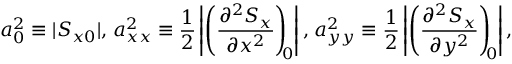
a _ { 0 } ^ { 2 } \equiv | S _ { x 0 } | , \; \! a _ { x x } ^ { 2 } \equiv \frac { 1 } { 2 } \left| \left( \frac { \partial ^ { 2 } S _ { x } } { \partial x ^ { 2 } } \right) _ { \! \! 0 } \right| , \; \! a _ { y y } ^ { 2 } \equiv \frac { 1 } { 2 } \left| \left( \frac { \partial ^ { 2 } S _ { x } } { \partial y ^ { 2 } } \right) _ { \! \! 0 } \right| ,